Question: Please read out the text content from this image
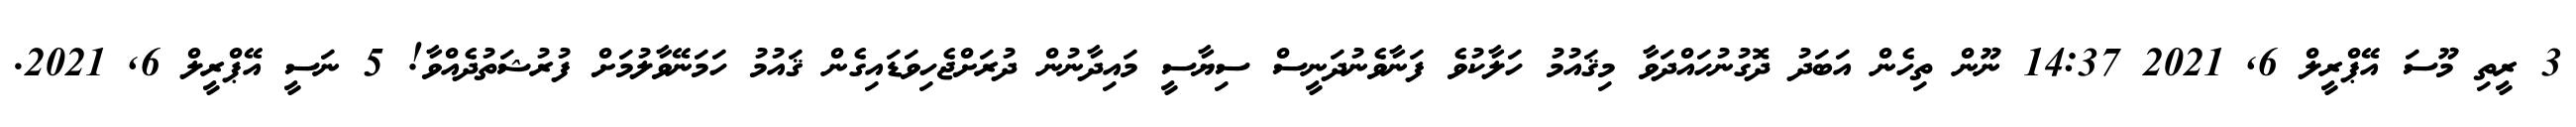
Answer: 3 ރީތި މޫސަ އޭޕްރީލް 6, 2021 14:37 ނޫން ތިހެން އަބަދު ދޮގުނުހައްދަވާ މިޤައުމު ހަލާކުވެ ފަނާވެނުދަނީސް ސިޔާސީ މައިދާނުން ދުރަށްޖެހިވަޑައިގެން ޤައުމު ހަމަނޭވާލުމަށް ފުރުޝަތުދެއްވާ! 5 ނަސީ އޭޕްރީލް 6, 2021.